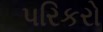
પરિકરો